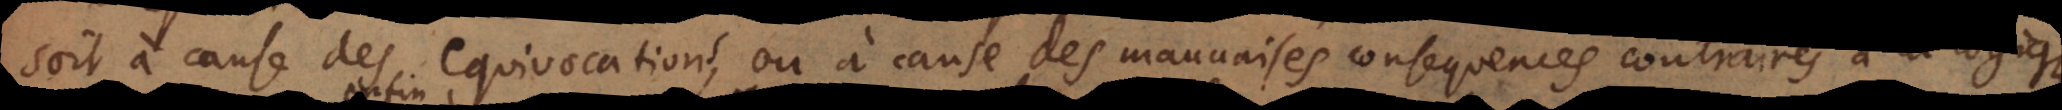
soit à cause des equivocations, ou à cause des mauvaises consequences , ou